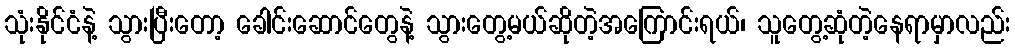
သုံးနိုင်ငံနဲ့ သွားပြီးတော့ ခေါင်းဆောင်တွေနဲ့ သွားတွေ့မယ်ဆိုတဲ့အကြောင်းရယ်၊ သူတွေ့ဆုံတဲ့နေရာမှာလည်း